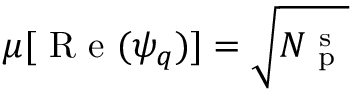
\mu [ \mathrm { ~ R ~ e ~ } ( \psi _ { q } ) ] = \sqrt { N _ { \mathrm { ~ p ~ } } ^ { \mathrm { ~ s ~ } } }